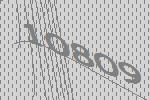
10809